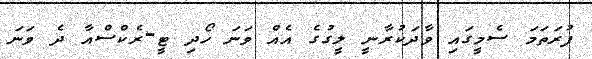
ފުރަތަމަ ސެމީގައި ވާދަކުރާނީ ލީގުގެ އެއް ވަނަ ހޯދި ޓީ-ރެކްސްއާ ދެ ވަނަ